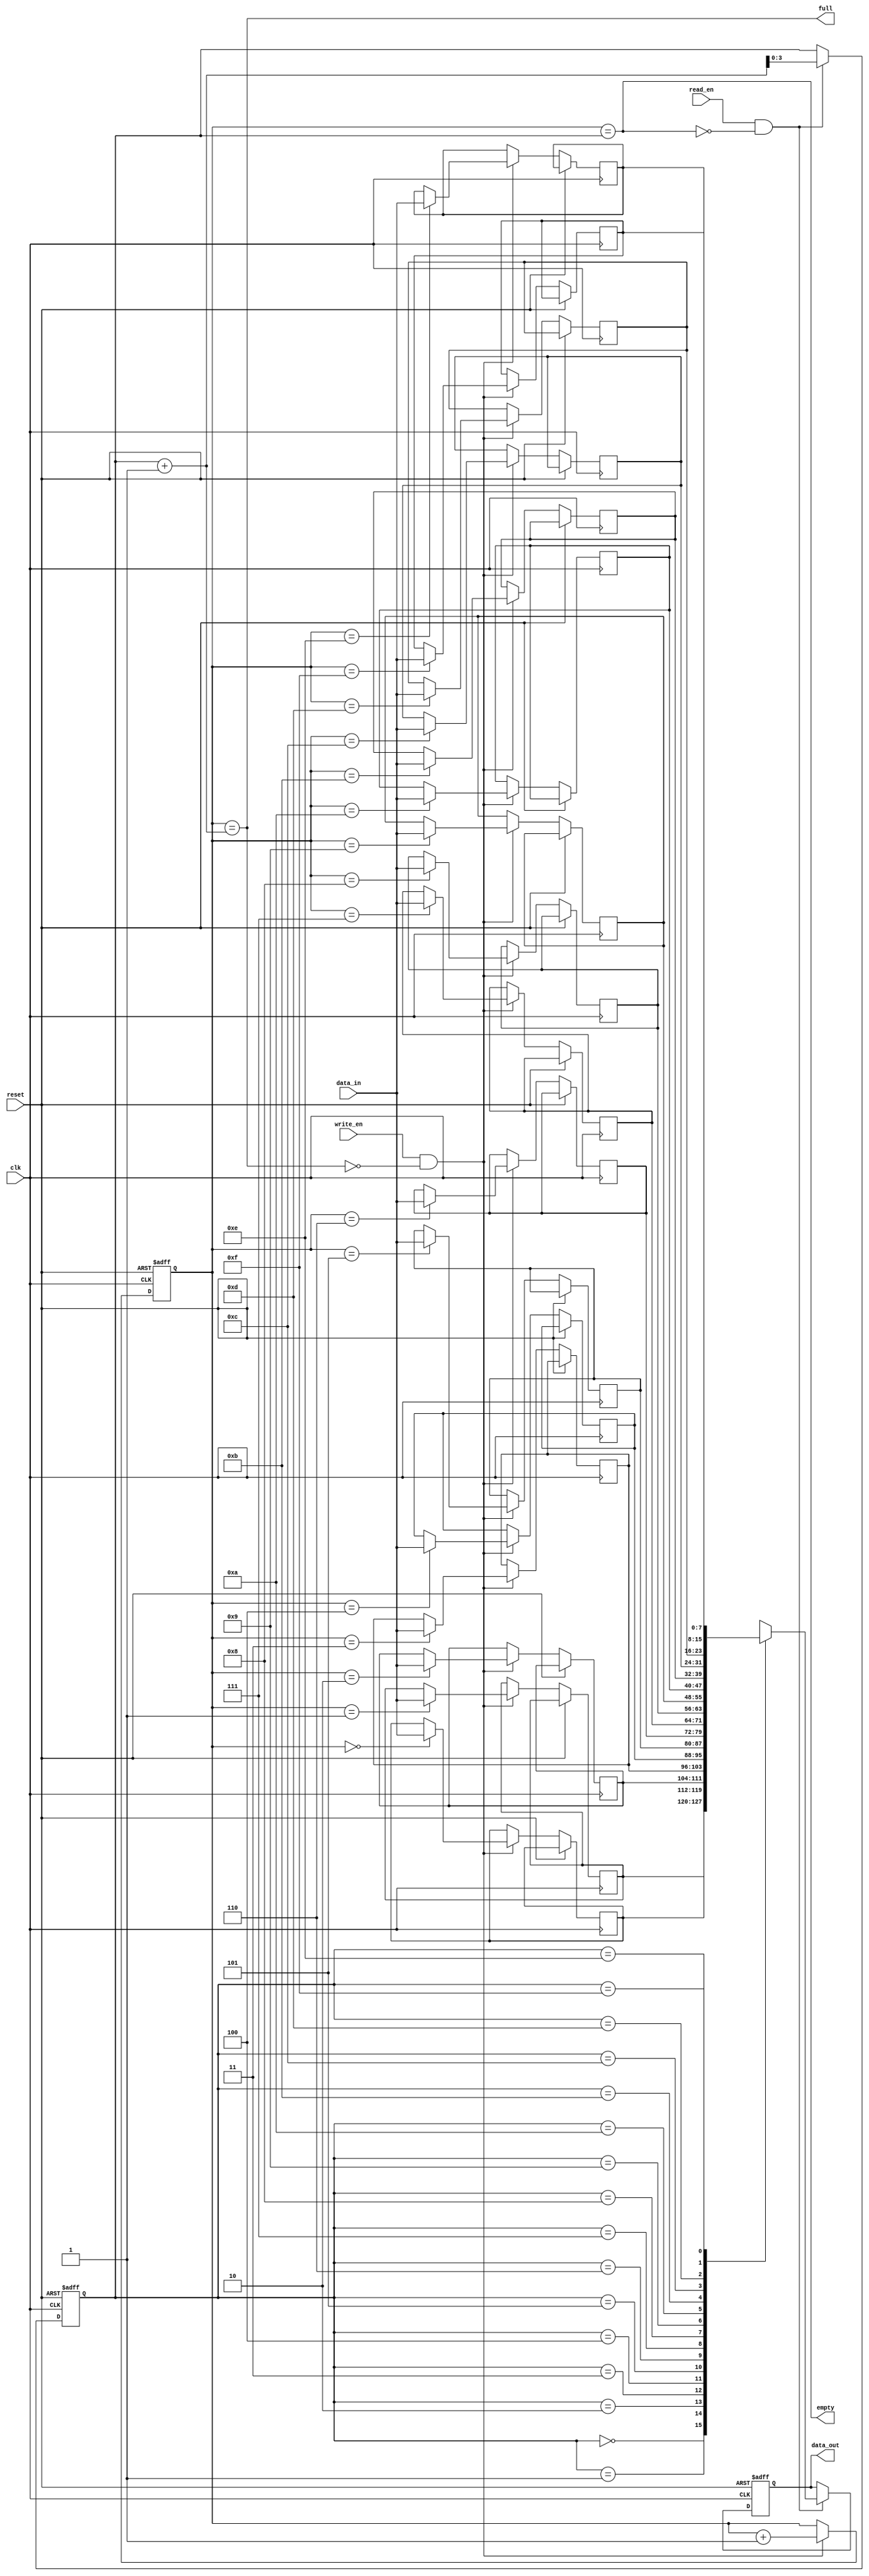
module NonBlockingFIFO (
  input wire clk,
  input wire reset,
  input wire write_en,
  input wire read_en,
  input wire [DATA_WIDTH-1:0] data_in,
  output reg [DATA_WIDTH-1:0] data_out,
  output reg full,
  output reg empty
);

parameter FIFO_DEPTH = 16;
parameter DATA_WIDTH = 8;

reg [(DATA_WIDTH-1):0] fifo [FIFO_DEPTH-1:0];
reg [$clog2(FIFO_DEPTH)-1:0] write_ptr;
reg [$clog2(FIFO_DEPTH)-1:0] read_ptr;

assign full = (write_ptr == read_ptr + 1);
assign empty = (write_ptr == read_ptr);

always @(posedge clk or posedge reset) begin
  if (reset) begin
    write_ptr <= 0;
    read_ptr <= 0;
    data_out <= 0;
  end else begin
    if (write_en && !full) begin
      fifo[write_ptr] <= data_in;
      write_ptr <= write_ptr + 1;
    end
    
    if (read_en && !empty) begin
      data_out <= fifo[read_ptr];
      read_ptr <= read_ptr + 1;
    end
  end
end

endmodule